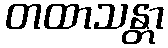
တထာသန္တာ